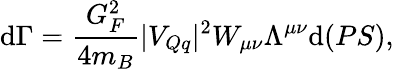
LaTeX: \mathrm{d}\Gamma=\frac{{G_{F}^{2}}}{{4m_{B}}}|V_{Qq}|^{2}W_{\mu\nu}\Lambda^{\mu\nu}\mathrm{d}(PS),